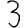
Digit: 3